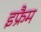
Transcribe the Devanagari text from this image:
इफ्रैम